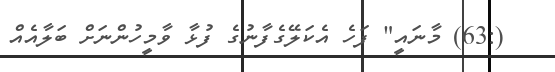
(:63) މާނައީ" ފަހެ އެކަލޭގެފާނުގެ ފުޅާ ވާމީހުންނަށް ބަލާއެއް